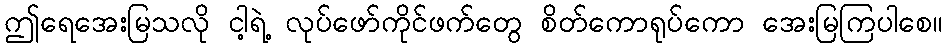
ဤရေအေးမြသလို ငါ့ရဲ့ လုပ်ဖော်ကိုင်ဖက်တွေ စိတ်ကောရုပ်ကော အေးမြကြပါစေ။